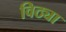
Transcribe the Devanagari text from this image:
विठ्या